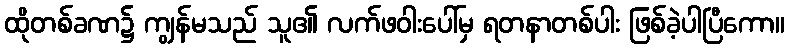
ထိုတစ်ခဏ၌ ကျွန်မသည် သူ၏ လက်ဖဝါးပေါ်မှ ရတနာတစ်ပါး ဖြစ်ခဲ့ပါပြီကော။